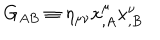
G _ { A B } \equiv \eta _ { \mu \nu } x _ { , A } ^ { \mu } x _ { , B } ^ { \nu }